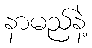
နာမည်နဲ့